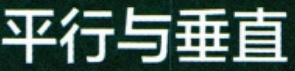
平行与垂直